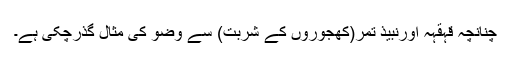
چنانچہ قہقہہ اورنبیذ تمر(کھجوروں کے شربت) سے وضو کی مثال گذرچکی ہے۔